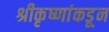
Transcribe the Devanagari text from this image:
श्रीकृष्णांकडून